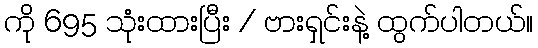
ကို 695 သုံးထားပြီး / ဗားရှင်းနဲ့ ထွက်ပါတယ်။